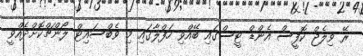
ރޭ ވިލެޖް ކޮފީސް އެންޑް ޓީސްގައި ބޭއްވި ހަފްލާގައި މި ވެބްސައިޓް ލޯންޗްކޮށްދެއްވީ